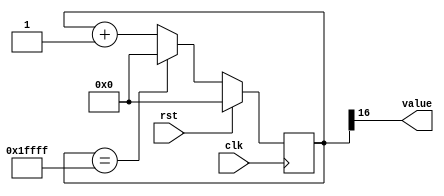
/*
   This file was generated automatically by Alchitry Labs version 1.2.1.
   Do not edit this file directly. Instead edit the original Lucid source.
   This is a temporary file and any changes made to it will be destroyed.
*/

/*
   Parameters:
     SIZE = DIGIT_BITS
     DIV = DIV
     TOP = DIGITS-1
     UP = 1
*/
module counter_15 (
    input clk,
    input rst,
    output reg [0:0] value
  );
  
  localparam SIZE = 1'h1;
  localparam DIV = 5'h10;
  localparam TOP = 3'h1;
  localparam UP = 1'h1;
  
  
  reg [16:0] M_ctr_d, M_ctr_q = 1'h0;
  
  localparam MAX_VALUE = 19'h1ffff;
  
  always @* begin
    M_ctr_d = M_ctr_q;
    
    value = M_ctr_q[16+0-:1];
    if (1'h1) begin
      M_ctr_d = M_ctr_q + 1'h1;
      if (1'h1 && M_ctr_q == 19'h1ffff) begin
        M_ctr_d = 1'h0;
      end
    end else begin
      M_ctr_d = M_ctr_q - 1'h1;
      if (1'h1 && M_ctr_q == 1'h0) begin
        M_ctr_d = 19'h1ffff;
      end
    end
  end
  
  always @(posedge clk) begin
    if (rst == 1'b1) begin
      M_ctr_q <= 1'h0;
    end else begin
      M_ctr_q <= M_ctr_d;
    end
  end
  
endmodule